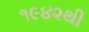
૧૯૪૨થી